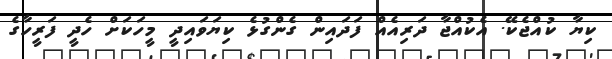
ކިޔާ ކުއްޖެކޭ. އެކުއްޖާ ދަރިއެއް ފަދައިން ގެންގުޅެ ކިޔަވައިދީ މީހަކަށް ހެދީ ފަރީހާގެ